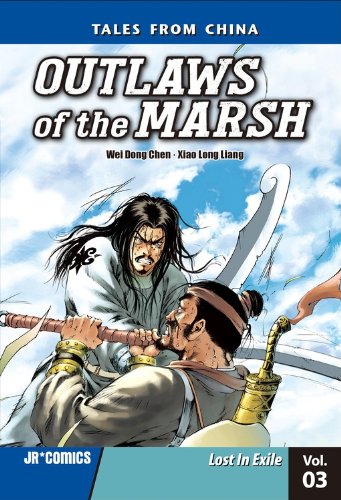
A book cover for Outlaws of the Marsh 3: Lost in Exile (Tales from China: Outlaws of the Marsh); Teen & Young Adult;